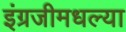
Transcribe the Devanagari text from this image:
इंग्रजीमधल्या